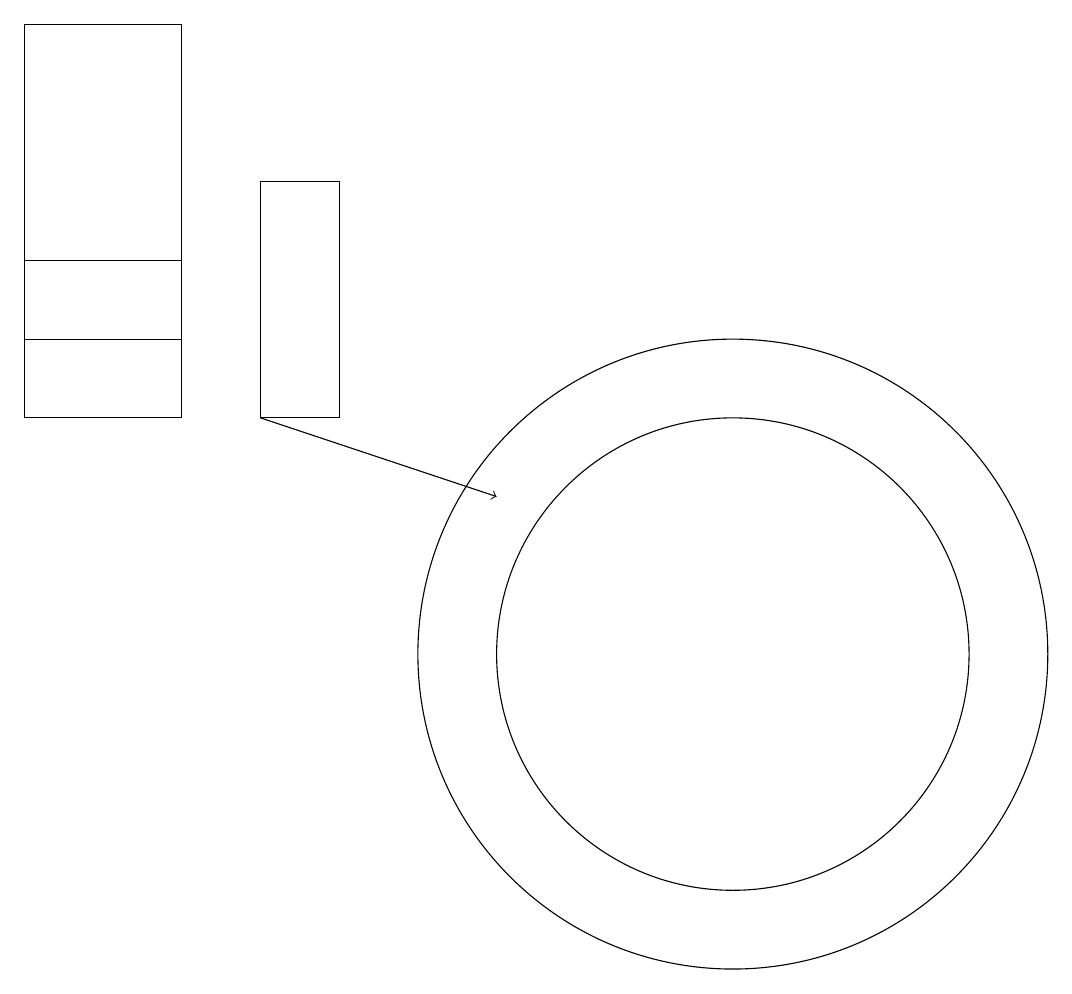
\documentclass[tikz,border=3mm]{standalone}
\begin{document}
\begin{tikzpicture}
\draw (11,10) circle (3);
\draw[->] (5,13) -- (8,12);
\draw (11,10) circle (4);
\draw (4,15) rectangle (2,13);
\draw (2,14) rectangle (4,18);
\draw (5,16) rectangle (6,13);
\draw (4,15) rectangle (2,15);
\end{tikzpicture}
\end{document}